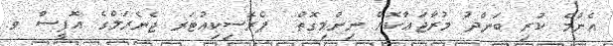
އެންމެ ކުރި ބަންދު މުރާޖަޢާކޮށް ނިންމިގޮތް  ޕްރޮސިކިއުޓަރ ޖެނެރަލްގެ އޮފީސް ވ.